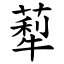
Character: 䔣